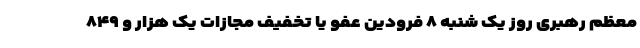
معظم رهبری روز یک شنبه ۸ فرودین عفو یا تخفیف مجازات یک هزار و ۸۴۹